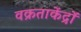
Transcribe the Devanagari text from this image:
वक्रताकेंद्रों